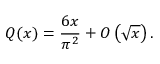
Q ( x ) = { \frac { 6 x } { \pi ^ { 2 } } } + O \left( { \sqrt { x } } \right) .